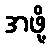
အဖို့